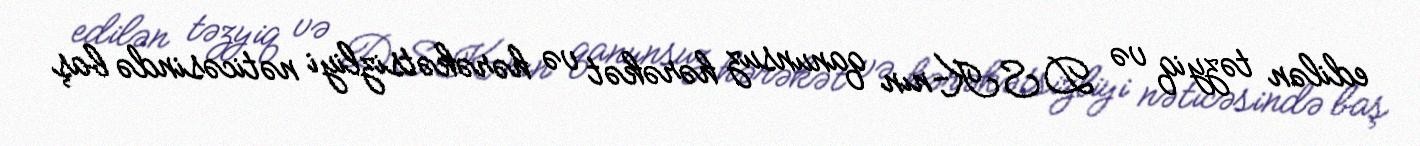
edilən təzyiq və DSK-nın qanunsuz hərəkət və hərəkətsizliyi nəticəsində baş